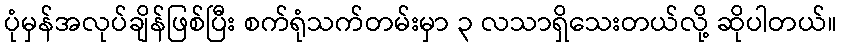
ပုံမှန်အလုပ်ချိန်ဖြစ်ပြီး စက်ရုံသက်တမ်းမှာ ၃ လသာရှိသေးတယ်လို့ ဆိုပါတယ်။